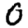
Digit: 0